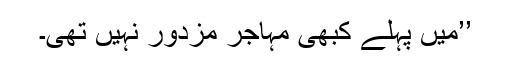
’’میں پہلے کبھی مہاجر مزدور نہیں تھی۔